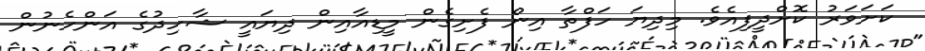
ކަށަވަރު ކޮށްދީފިއެވެ. މިދިޔަ ހަފްތާ އިން ފެށިގެން މީޑިއާއިން ދިޔައީ ޝާހިދުގެ އަންހެނުން